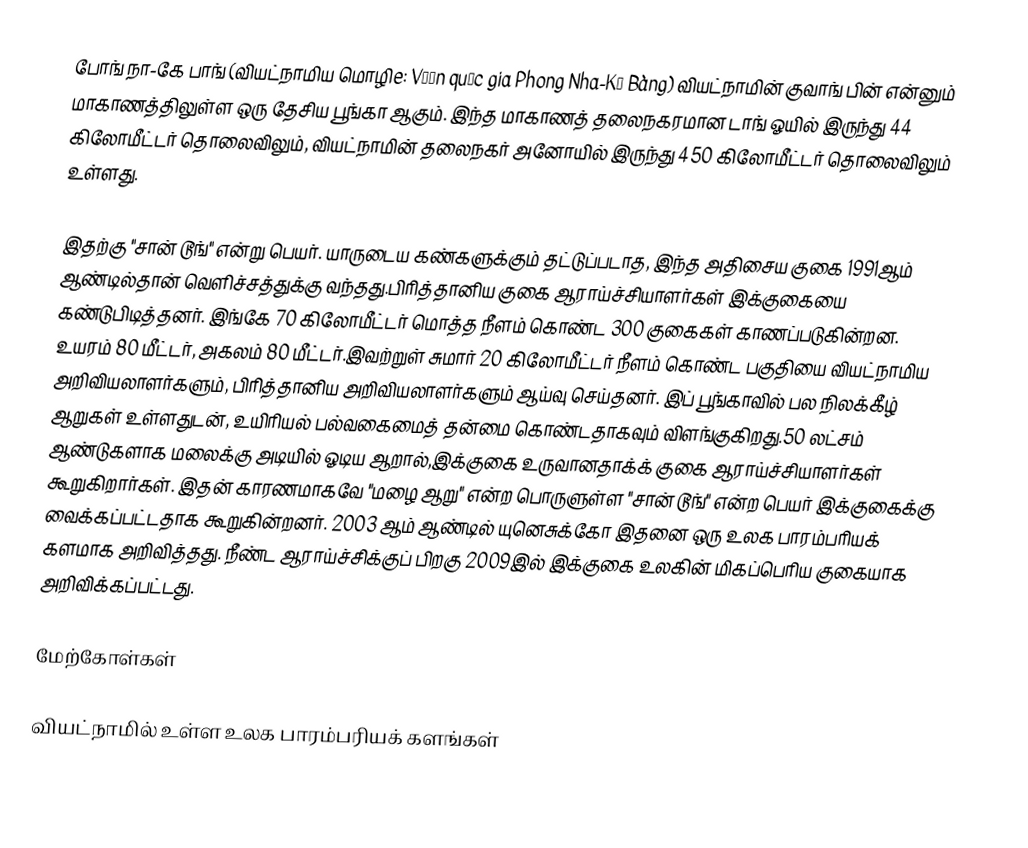
போங் நா-கே பாங் (வியட்நாமிய மொழிe: Vườn quốc gia Phong Nha-Kẻ Bàng) வியட்நாமின் குவாங் பின் என்னும் மாகாணத்திலுள்ள ஒரு தேசிய பூங்கா ஆகும். இந்த மாகாணத் தலைநகரமான டாங் ஓயில் இருந்து 44 கிலோமீட்டர் தொலைவிலும், வியட்நாமின் தலைநகர் அனோயில் இருந்து 450 கிலோமீட்டர் தொலைவிலும் உள்ளது.

இதற்கு "சான் டூங்" என்று பெயர். யாருடைய கண்களுக்கும் தட்டுப்படாத, இந்த அதிசைய குகை 1991ஆம் ஆண்டில்தான் வெளிச்சத்துக்கு வந்தது.பிரித்தானிய குகை ஆராய்ச்சியாளர்கள் இக்குகையை கண்டுபிடித்தனர். இங்கே 70 கிலோமீட்டர் மொத்த நீளம் கொண்ட 300 குகைகள் காணப்படுகின்றன. உயரம் 80 மீட்டர், அகலம் 80 மீட்டர்.இவற்றுள் சுமார் 20 கிலோமீட்டர் நீளம் கொண்ட பகுதியை வியட்நாமிய அறிவியலாளர்களும், பிரித்தானிய அறிவியலாளர்களும் ஆய்வு செய்தனர். இப் பூங்காவில் பல நிலக்கீழ் ஆறுகள் உள்ளதுடன், உயிரியல் பல்வகைமைத் தன்மை கொண்டதாகவும் விளங்குகிறது.50 லட்சம் ஆண்டுகளாக மலைக்கு அடியில் ஓடிய ஆறால்,இக்குகை உருவானதாக்க் குகை ஆராய்ச்சியாளர்கள் கூறுகிறார்கள். இதன் காரணமாகவே "மழை ஆறு" என்ற பொருளுள்ள "சான் டூங்" என்ற பெயர் இக்குகைக்கு வைக்கப்பட்டதாக கூறுகின்றனர். 2003 ஆம் ஆண்டில் யுனெசுக்கோ இதனை ஒரு உலக பாரம்பரியக் களமாக அறிவித்தது. நீண்ட ஆராய்ச்சிக்குப் பிறகு 2009இல் இக்குகை உலகின் மிகப்பெரிய குகையாக அறிவிக்கப்பட்டது.

மேற்கோள்கள்

வியட்நாமில் உள்ள உலக பாரம்பரியக் களங்கள்